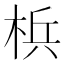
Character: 梹